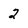
Character: 2